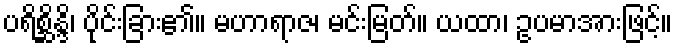
ပရိစ္ဆိန္ဒိ၊ ပိုင်းခြား၏။ မဟာရာဇ၊ မင်းမြတ်။ ယထာ၊ ဥပမာအားဖြင့်။